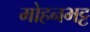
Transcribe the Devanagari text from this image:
मोहनभट्ट